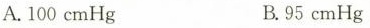
A.100cmHg B.95cmHg